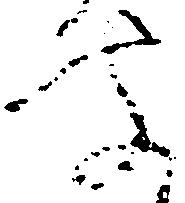
聞